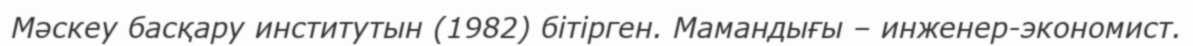
Мәскеу басқару институтын (1982) бітірген. Мамандығы – инженер-экономист.